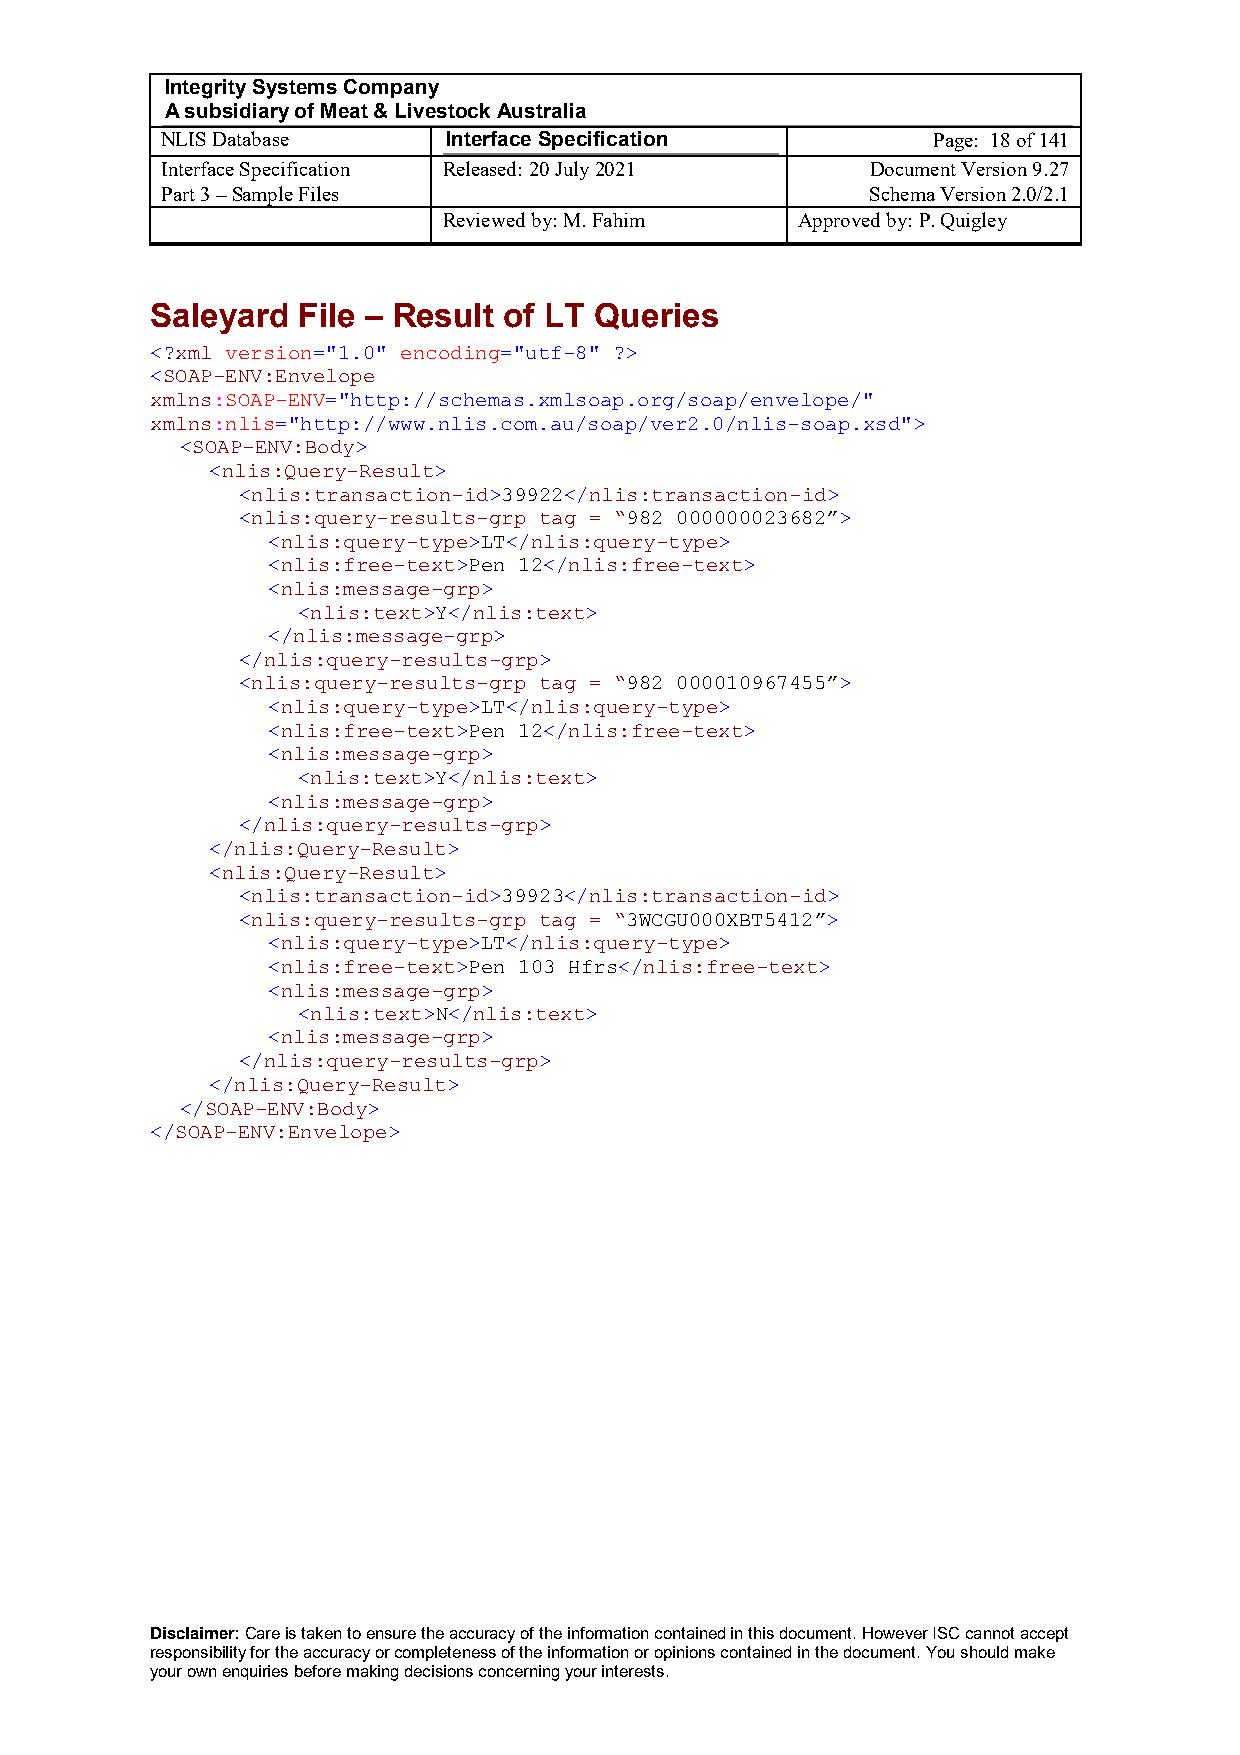
Integrity Systems Company
 A subsidiary of Meat & Livestock Australia
 NLIS Database      Interface Specification         Page: 18 of 141
 Interface Specification Released: 20 July 2021 Document Version 9.27
 Part 3 – Sample Files                          Schema Version 2.0/2.1
 Reviewed by: M. Fahim   Approved by: P. Quigley
 Saleyard  File – Result of LT Queries
 <?xml version="1.0" encoding="utf-8" ?>
 <SOAP-ENV:Envelope
 xmlns:SOAP-ENV="http://schemas.xmlsoap.org/soap/envelope/"
 xmlns:nlis="http://www.nlis.com.au/soap/ver2.0/nlis-soap.xsd">
 <SOAP-ENV:Body>
 <nlis:Query-Result>
 <nlis:transaction-id>39922</nlis:transaction-id>
 <nlis:query-results-grp tag = “982 000000023682”>
 <nlis:query-type>LT</nlis:query-type>
 <nlis:free-text>Pen 12</nlis:free-text>
 <nlis:message-grp>
 <nlis:text>Y</nlis:text>
 </nlis:message-grp>
 </nlis:query-results-grp>
 <nlis:query-results-grp tag = “982 000010967455”>
 <nlis:query-type>LT</nlis:query-type>
 <nlis:free-text>Pen 12</nlis:free-text>
 <nlis:message-grp>
 <nlis:text>Y</nlis:text>
 <nlis:message-grp>
 </nlis:query-results-grp>
 </nlis:Query-Result>
 <nlis:Query-Result>
 <nlis:transaction-id>39923</nlis:transaction-id>
 <nlis:query-results-grp tag = “3WCGU000XBT5412”>
 <nlis:query-type>LT</nlis:query-type>
 <nlis:free-text>Pen 103 Hfrs</nlis:free-text>
 <nlis:message-grp>
 <nlis:text>N</nlis:text>
 <nlis:message-grp>
 </nlis:query-results-grp>
 </nlis:Query-Result>
 </SOAP-ENV:Body>
 </SOAP-ENV:Envelope>
 Disclaimer: Care is taken to ensure the accuracy of the information contained in this document. However ISC cannot accept
 responsibility for the accuracy or completeness of the information or opinions contained in the document. You should make
 your own enquiries before making decisions concerning your interests.